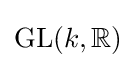
\mathrm {GL} (k,\mathbb {R} )